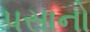
પસાનો